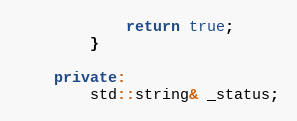
Language: C++
			return true;
		}

	private:
		std::string& _status;